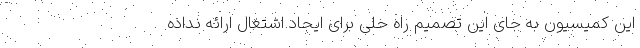
این کمیسیون به جای این تصمیم راه حلی برای ایجاد اشتغال ارائه نداده